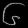
Digit: ၆